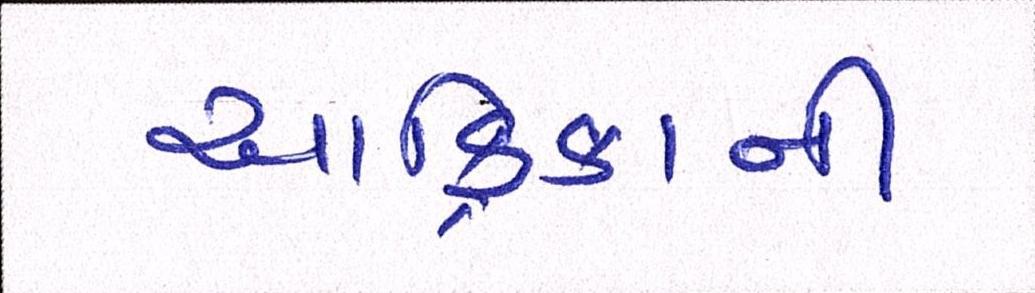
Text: આફ્રિકાની